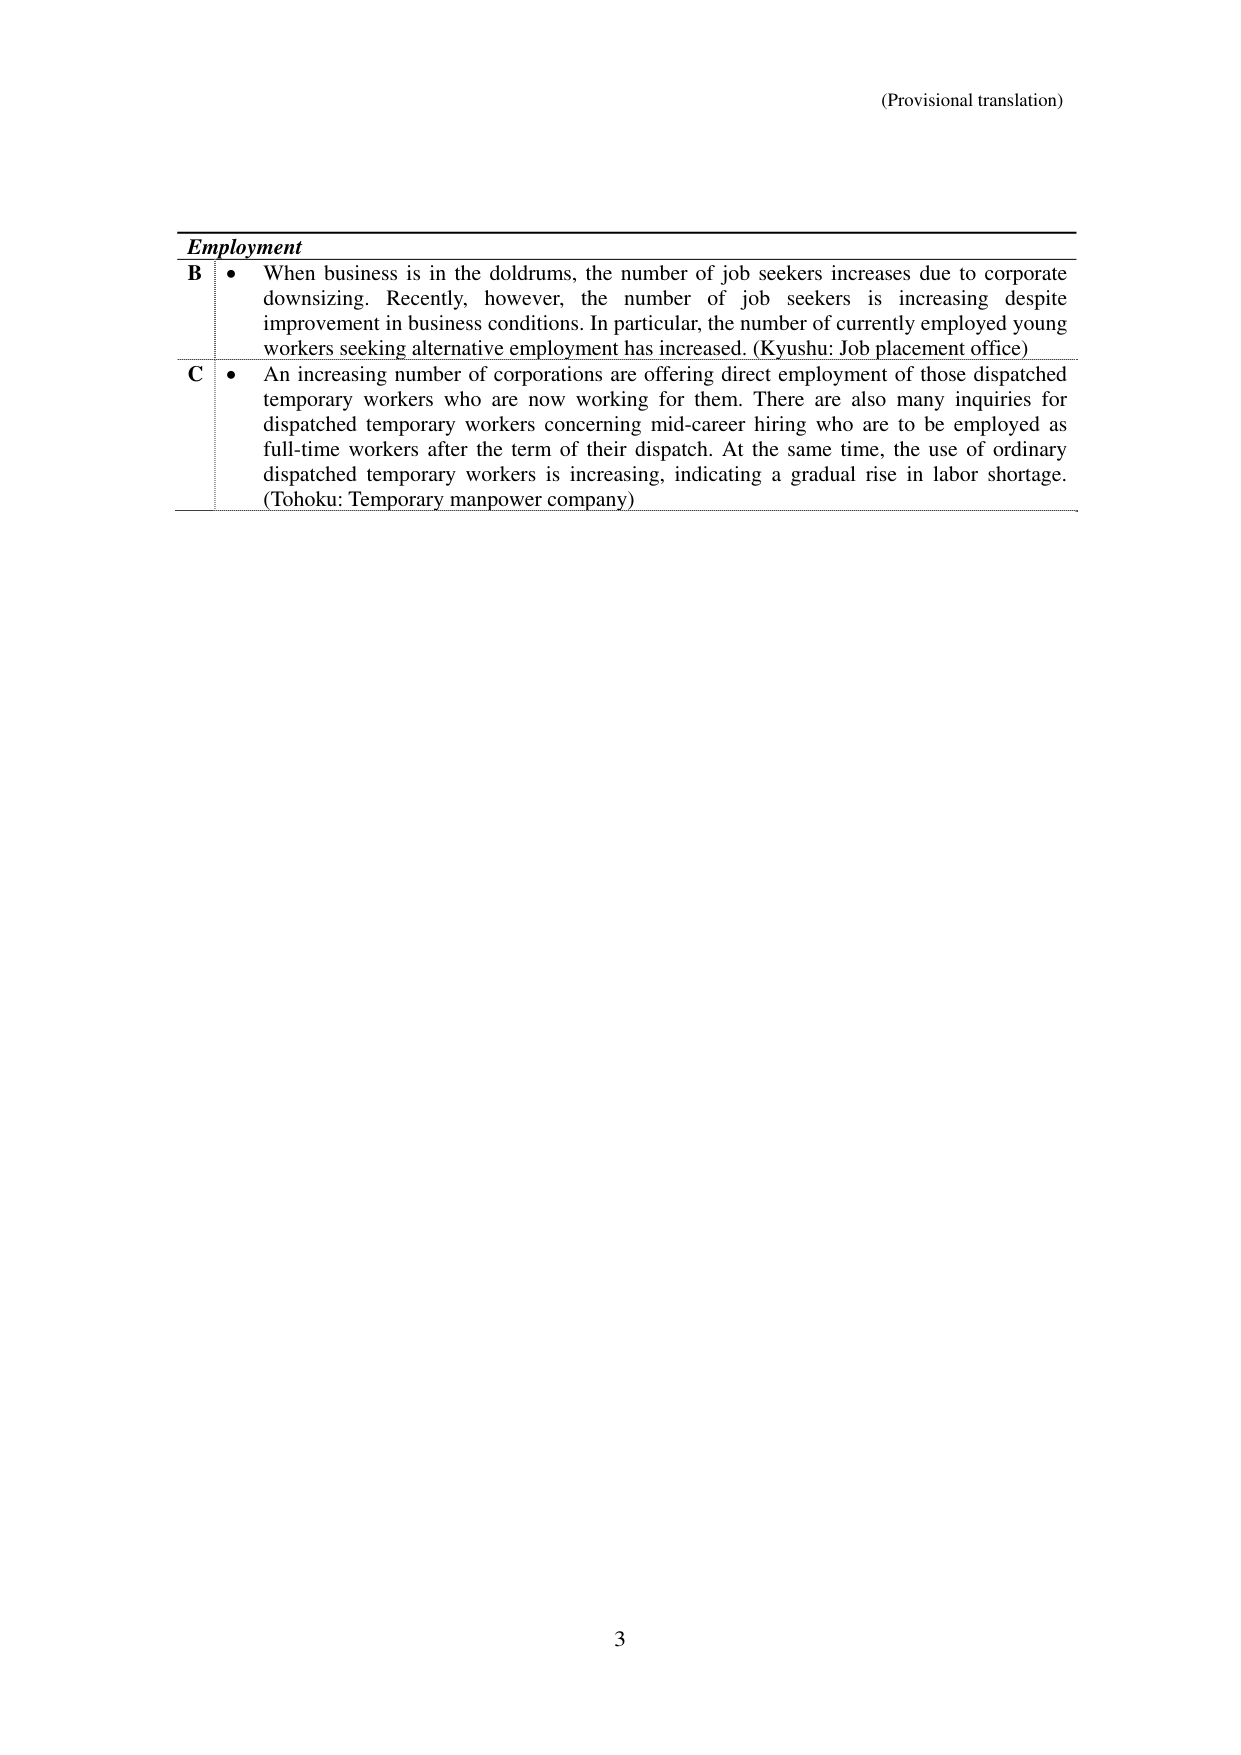
(Provisional translation)

Employment

B • When business is in the doldrums, the number of job seekers increases due to corporate downsizing. Recently, however, the number of job seekers is increasing despite improvement in business conditions. In particular, the number of currently employed young workers seeking alternative employment has increased. (Kyushu: Job placement office)

C • An increasing number of corporations are offering direct employment of those dispatched temporary workers who are now working for them. There are also many inquiries for dispatched temporary workers concerning mid-career hiring who are to be employed as full-time workers after the term of their dispatch. At the same time, the use of ordinary dispatched temporary workers is increasing, indicating a gradual rise in labor shortage. (Tohoku: Temporary manpower company)

3